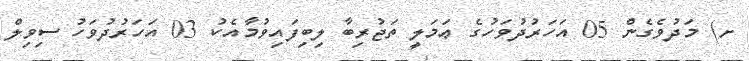
ށ) މަދުވެގެން 05 އަހަރުދުވަހުގެ ޢަމަލީ ތަޖުރިބާ ލިބިފައިވުމާއެކު 03 އަހަރުދުވަހު ސިވިލް